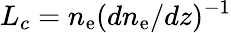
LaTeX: L_{c}=n_{\mathrm{e}}(dn_{\mathrm{e}}/dz)^{-1}